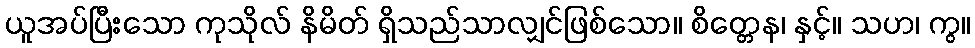
ယူအပ်ပြီးသော ကုသိုလ် နိမိတ် ရှိသည်သာလျှင်ဖြစ်သော။ စိတ္တေန၊ နှင့်။ သဟ၊ ကွ။